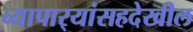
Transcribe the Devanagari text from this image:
व्यापार्‍यांसहदेखील